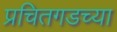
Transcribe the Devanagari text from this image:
प्रचितगडच्या